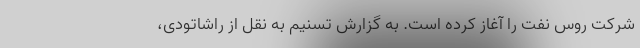
شرکت روس نِفت را آغاز کرده است. به گزارش تسنیم به نقل از راشاتودی،